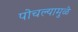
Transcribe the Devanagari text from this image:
पोचल्यामुळे